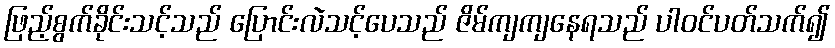
ဖြည့်စွက်ခိုင်းသင့်သည် ပြောင်းလဲသင့်ပေသည် ဇိမ်ကျကျနေရသည် ပါဝင်ပတ်သက်၍